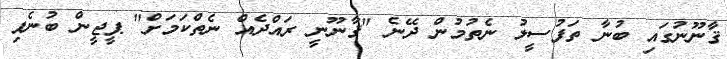
ޤާނޫނުގައި ބުނާ ތަފުސީލު ނެތުމުން ދޭނެ "ޤާނޫނީ ރައްދެއް ނެތްކަމަށް" ޕީޖީން ބުނެފި